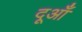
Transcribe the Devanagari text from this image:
दूआँ